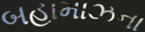
બહામાઝના